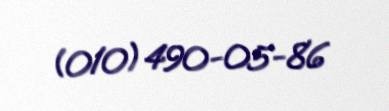
(010) 490-05-86